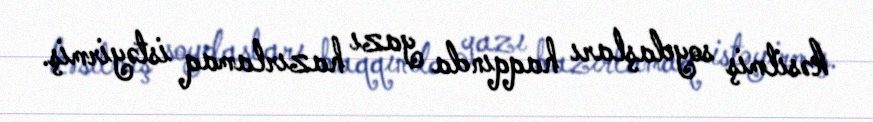
kəsilmiş soydaşları haqqında yazı hazırlamaq istəyirmiş.